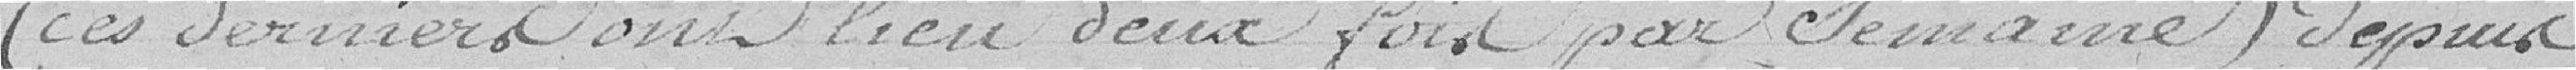
(ces derniers ont lieu deux fois par semaine) depuis